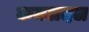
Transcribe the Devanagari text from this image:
कमलदल